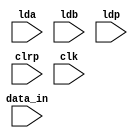
module Datapath(lda,ldb,ldp,clrp,clk,data_in);
input lda,ldb,ldp,clrp,clk;
input [6:0] data_in;
wire[6:0] Bus;
wire [6:0] A,B;
wire [9:0] C;
wire [10:0] Z,P;

assign Bus = data_in;

register r1(Bus,A,lda,clk);
register r2(Bus,B,ldb,clk);
Multiplier m1(A,B,C,clk);
Adder a1(C,P,Z,clk);
Reggister r3(Z,P,clk,ldp,clrp);
endmodule

module register(x,y,ld,clk);
input [6:0] x;
output reg [6:0]y;
input ld,clk;
always @(posedge clk)
begin
	if(ld)
		y = x;
end
endmodule

module Multiplier(x,y,z,clk);
input [6:0] x,y;
input clk;
output reg [9:0] z;
always @(posedge clk)
begin
	z = x*y;
end
endmodule

module Adder(x,y,z,clk);
input [9:0] x;
input [10:0] y;
input clk;
output reg [10:0] z;
always @(posedge clk)
begin
	z = x+y;
end
endmodule

module Reggister(x,y,clk,ld,clr);
input [10:0] x;
output reg[10:0] y;
input clr,ld,clk;
always @(posedge clk)
begin
	if(ld)
		y=x;
	else if(clr)
		y=0;
end
endmodule

module Controlpath(start,stop,done,lda,ldb,ldp,clrp,clk);
input clk,start,stop;
output reg lda,ldb,ldp,clrp,done;

reg [2:0] state;
parameter s0 = 3'b000, s1 = 3'b001, s2 = 3'b010, s3 = 3'b011, s4=3'b100, s5=3'b101;

always @(posedge clk)
begin
           case(state)
           s0: if(start) #1 state = s1;
           s1: #1 state = s2;
           s2: #1 begin
                 if(stop) 
                         state = s5;
                 else    
                         state = s3;
                  end
           s3: #1  begin
                 if(stop) 
                         state = s5;
                 else    
                         state = s4;
                  end
           s4: #1 begin
                 if(stop) 
                         state = s5;
                 else    
                         state = s2;
                  end
           s5: state = s5;
           default: state = s0;
           endcase
end

always @(posedge clk)
begin
           case(state)
           s0: #2 begin lda = 0; ldb=0; ldp=0; clrp=0; done=0; end
           s1: #2 clrp=1;
           s2: #2 begin lda=1; clrp=0; ldp =0;end
           s3: #2 begin ldb=1; lda=0; ldp =0; end
           s4: #2 begin ldp = 1; ldb=0; end
           s5: #2 begin done = 1; ldp = 0; end
           default: #2 begin lda = 0; ldb=0; ldp=0; clrp=0; done=0; end
           endcase
end
endmodule